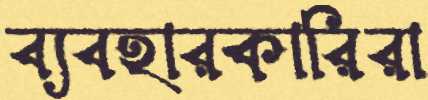
ব্যবহারকারিরা